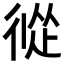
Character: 𢔩